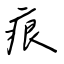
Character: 痕